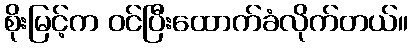
စိုးမြင့်က ဝင်ပြီးထောက်ခံလိုက်တယ်။